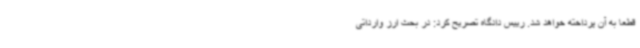
قطعا به آن پرداخته خواهد شد. رییس دادگاه تصریح کرد: در بحث ارز وارداتی